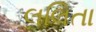
લલિતા